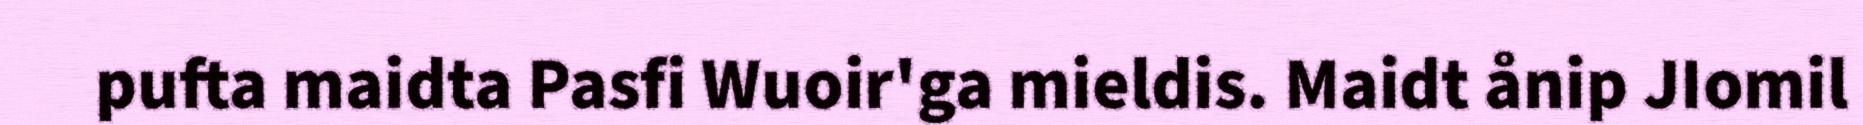
pufta maidta Pasfi Wuoir'ga mieldis. Maidt ånip JIomil